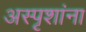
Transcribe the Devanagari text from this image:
अस्पृशांना